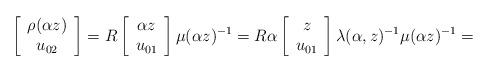
LaTeX: \begin{align*}\left[\begin{array}{c}\rho(\alpha z)\\u_{02}\end{array}\right]=R\left[\begin{array}{c}\alpha z\\u_{01}\end{array}\right]\mu(\alpha z)^{-1}=R\alpha\left[\begin{array}{c}z\\u_{01}\end{array}\right]\lambda(\alpha,z)^{-1}\mu(\alpha z)^{-1}=\end{align*}